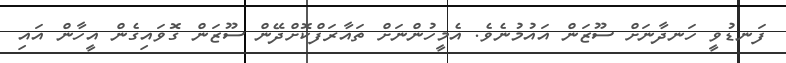
ފަނޑުވީ ހަނދާނަށް ސޫޒަން އައުމުނެވެ. އެމީހުންނަށް ތައާރަފްކޮށްދޭން ސޫޒަން ގޮވައިގެން އީހާން އައި